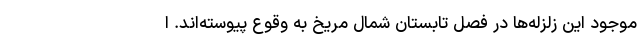
موجود این زلزله‌ها در فصل تابستان شمال مریخ به وقوع پیوسته‌اند. ا